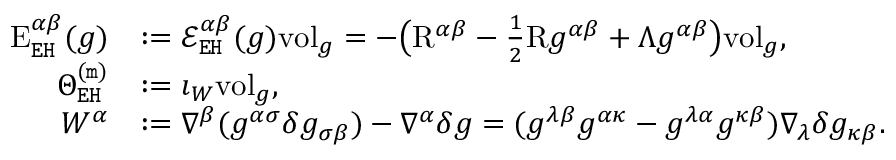
\begin{array} { r l } { \mathrm { E } _ { \mathtt { E H } } ^ { \alpha \beta } ( g ) } & { : = \mathcal { E } _ { \mathtt { E H } } ^ { \alpha \beta } ( g ) \mathrm { v o l } _ { g } = - \big ( \mathrm { R } ^ { \alpha \beta } - \frac { 1 } { 2 } \mathrm { R } g ^ { \alpha \beta } + \Lambda g ^ { \alpha \beta } \big ) \mathrm { v o l } _ { g } , } \\ { \Theta _ { \mathtt { E H } } ^ { \mathtt { ( m ) } } } & { : = \imath _ { W } \mathrm { v o l } _ { g } , } \\ { W ^ { \alpha } } & { : = \nabla ^ { \beta } ( g ^ { \alpha \sigma } \delta g _ { \sigma \beta } ) - \nabla ^ { \alpha } \delta g = ( g ^ { \lambda \beta } g ^ { \alpha \kappa } - g ^ { \lambda \alpha } g ^ { \kappa \beta } ) \nabla _ { \lambda } \delta g _ { \kappa \beta } . } \end{array}